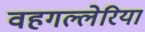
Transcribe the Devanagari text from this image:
वहगल्लेरिया